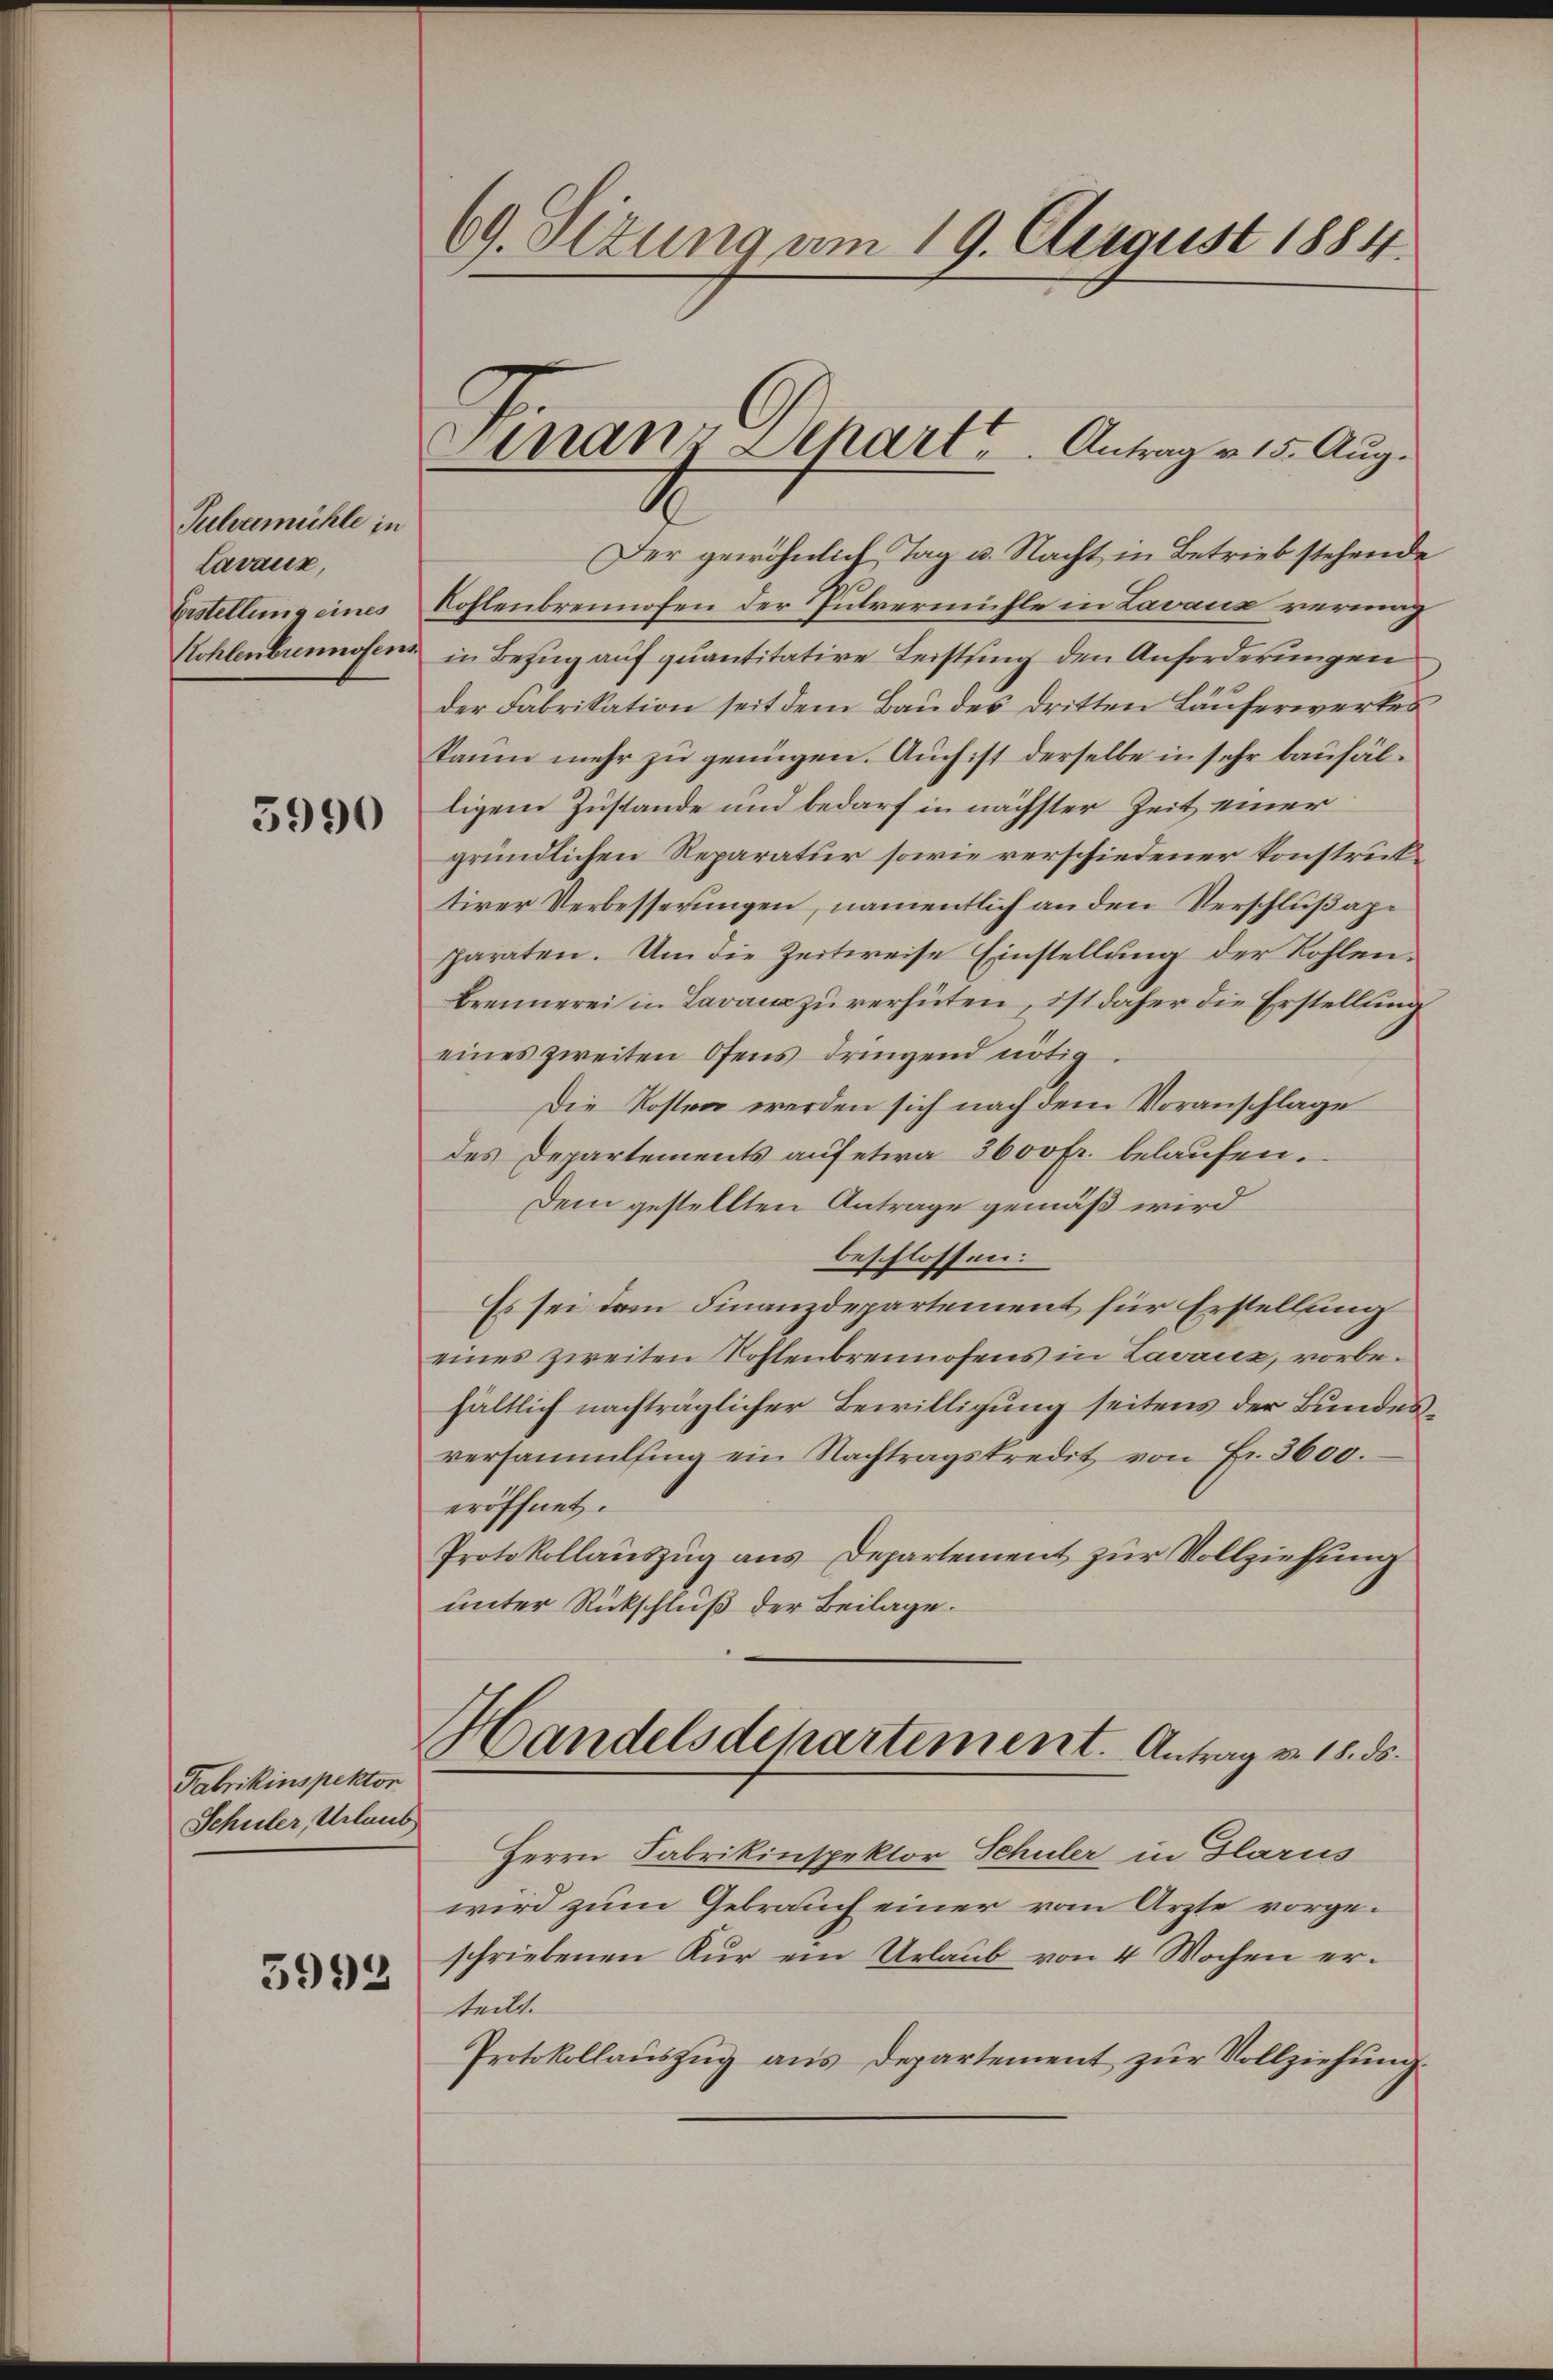
Tulvamühle in
Lavaux,
Erstellung eines
Kohlenbrennsfens

3990

Fabrikinspektor
Schüler, Urlaub

3993

69. Sizung am 19. August 1884.

Finanz Depart         Antrag v. 15. Aug.

.
Der gewöhnlich Tag u. Nacht in Betrieb stehende
Kohlenbrennofen der Pulvermühle in Lavaux vermag
in Bezug auf quantitative Leistung den Anforderungen
der Fabrikation seit dem Baudes dritten Läuferwerkes
kaum mehr zu genügen. Auch ist derselbe in sehr baufälligene Zustande und bedarf in nächster Zeit einer
gründlichen Reparatur sowie verschiedener Konstrucktiver Verbesserungen, namentlich an den Verschlußape
paraten. Um die Zeitweise Einstellung der Kohlen¬
Brennerei in Lavam zu verhüten, ist daher die Erstellung
eines zweiten Ofens dringend nötig
Die Kosten werden sich nach dem Voranschlage
des Departements auf etwa 3600 Fr. belaufen.
Dem gestellten Antrage gemäß wird
beschlossen:
Es sei dem Finanzdepartement für Erstellung
eines zweiten Kohlenbrennofens in Lavaux, vorbehältlich nachträglicher Bewilligung seitens der Bundesversammling ein Nachtragskredit von Fr. 3600.
eröffnet.
Protokollaŭszŭg ans Departement zur Vollziehung
unter Rückschluß der Beilage.
Handelsdepartement. Antrag v. 18. ds.
Herrn Fabrikinspektor Schuler in Glarus
wird zum Gebrauch einer vom Arzte vorgeschriebenen Kur ein Urlaub von 4 Wochen erteilt.
Protokollaŭszŭg ans Departement zŭr Vollziehŭng.